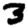
Digit: 3